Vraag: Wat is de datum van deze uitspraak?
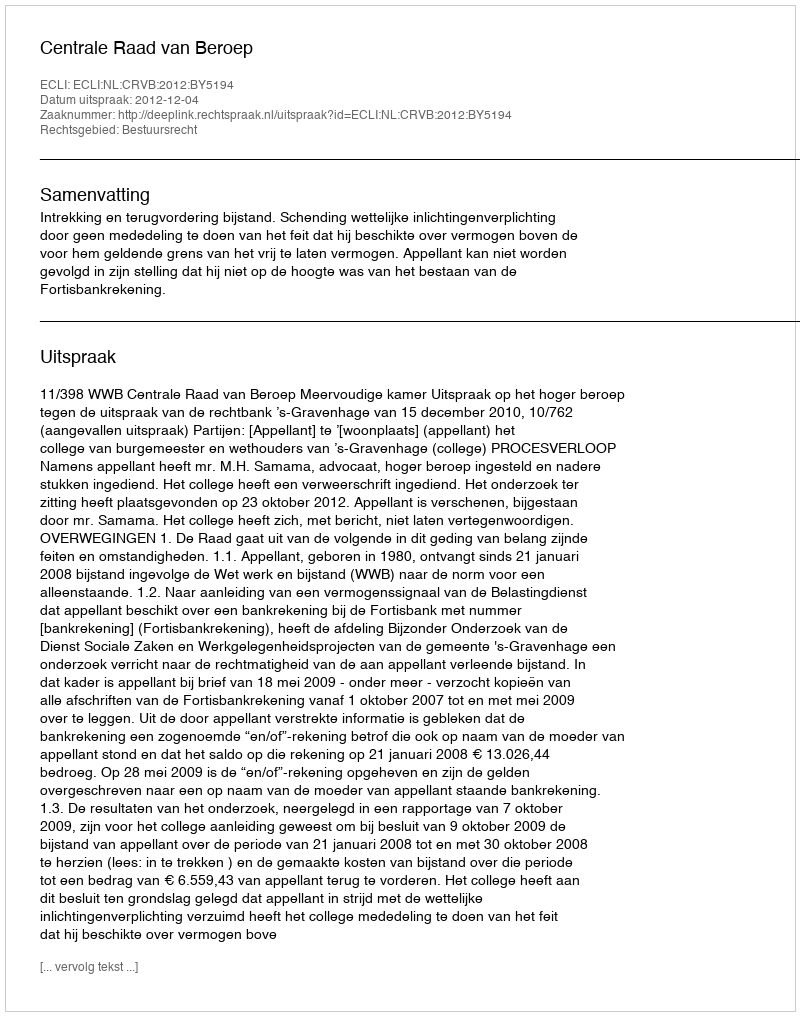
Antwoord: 2012-12-04